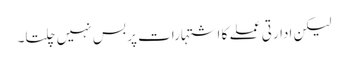
لیکن ادارتی عملے کا اشتہارات پر بس نہیں چلتا۔